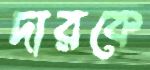
দারকে